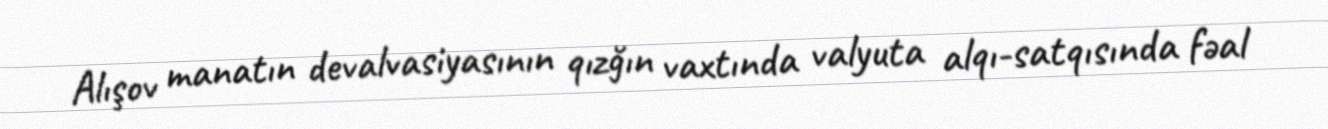
Alışov manatın devalvasiyasının qızğın vaxtında valyuta alqı-satqısında fəal